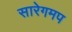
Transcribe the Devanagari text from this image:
सारेगमप